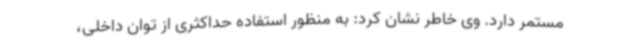
مستمر دارد. وی خاطر نشان کرد: به منظور استفاده حداکثری از توان داخلی،